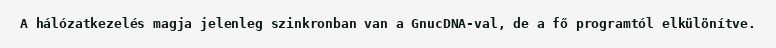
A hálózatkezelés magja jelenleg szinkronban van a GnucDNA-val, de a fő programtól elkülönítve.